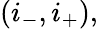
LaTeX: (i_{-},i_{+}),